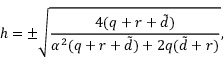
h = \pm \sqrt { \frac { 4 ( q + r + { \tilde { d } } ) } { \alpha ^ { 2 } ( q + r + { \tilde { d } } ) + 2 q ( { \tilde { d } } + r ) } } ,